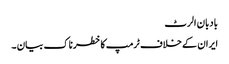
بادبان الرٹ
ایران کے خلاف ٹرمپ کا خطرناک بیان ۔